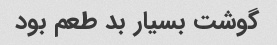
گوشت بسیار بد طعم بود